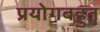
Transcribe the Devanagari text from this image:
प्रयोगबहुत